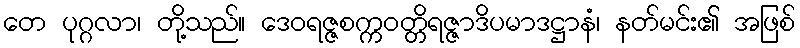
တေ ပုဂ္ဂလာ၊ တို့သည်။ ဒေဝရဇ္ဇစက္ကဝတ္တိရဇ္ဇာဒိပမာဒဋ္ဌာနံ၊ နတ်မင်း၏ အဖြစ်